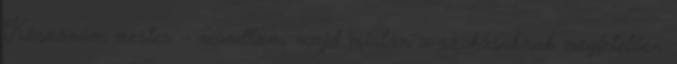
Köszönöm mester. – mondtam, majd miután a szokásoknak megfelelően